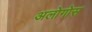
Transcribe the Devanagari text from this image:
अलोगोस